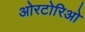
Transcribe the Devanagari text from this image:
ओरटोरिओ